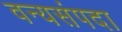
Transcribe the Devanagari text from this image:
वन्यसंपदा